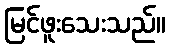
မြင်ဖူးသေးသည်။